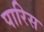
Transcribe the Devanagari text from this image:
पारिस